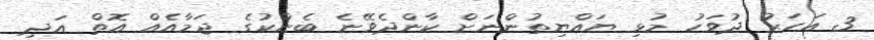
3 އަހަރު ދުވަހު މުޅި ޔައްޔިތުންނަށް ކާންދެވޭނެ ބެންކުގެ ޖަމާއެއް އޮތް އަދި